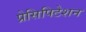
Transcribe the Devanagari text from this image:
प्रेसिपिटेशन